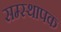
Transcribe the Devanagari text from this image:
सम्स्थापक